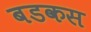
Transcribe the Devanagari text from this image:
बडकस